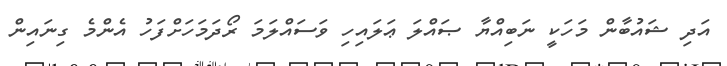
އަދި ޝައުބާން މަހަކީ ނަބިއްޔާ ޞައްލަ ޢަލައިހި ވަސައްލަމަ ރޯދަމަހަށްފަހު އެންމެ ގިނައިން